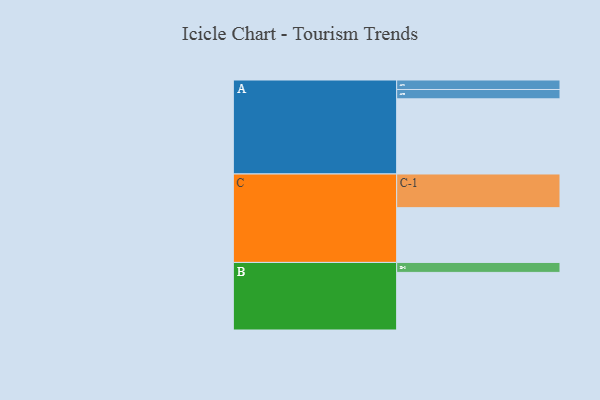
{"axis": {"x": "Segment", "y": "Value"}, "legend": ["", "A", "B", "C"], "data": [{"x": "A", "y": 475, "type": ""}, {"x": "B", "y": 364, "type": ""}, {"x": "C", "y": 346, "type": ""}, {"x": "A-1", "y": 60, "type": "A"}, {"x": "A-2", "y": 59, "type": "A"}, {"x": "B-1", "y": 63, "type": "B"}, {"x": "C-1", "y": 213, "type": "C"}]}